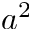
a ^ { 2 }